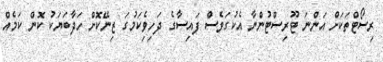
ރިސޯޓްތަކަށް އަންނަ ޓޫރިސްޓުންނާ އެކުގަވެސް ފައިސާގެ ދަހިވެިކަމުގަ ޒިނޭކޮށް ހަދާބަޔަކު ކޮން ކަމެއް